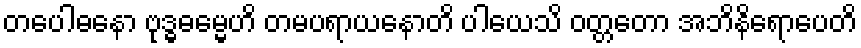
တပေါဓနော ဗုဒ္ဓဓမ္မေဟိ တမပရာယနောတိ ပါယေသိ ဝတ္တတော အဘိနိရောပေတိ